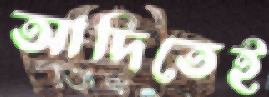
আদিতেই